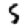
Digit: 5